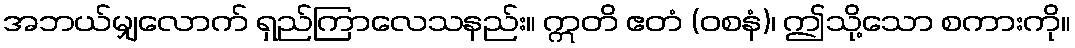
အဘယ်မျှလောက် ရှည်ကြာလေသနည်း။ ဣတိ ဧတံ (ဝစနံ)၊ ဤသို့သော စကားကို။